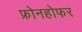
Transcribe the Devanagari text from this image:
फ्रोनहोफर